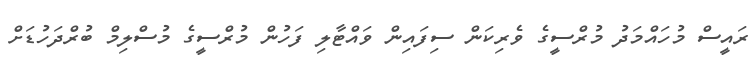
ރައީސް މުހައްމަދު މުރްސީގެ ވެރިކަން ސިފައިން ވައްޓާލި ފަހުން މުރްސީގެ މުސްލިމް ބުރްދަހުޑަށް